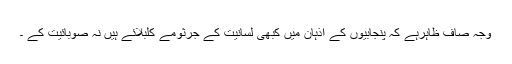
وجہ صاف ظاہرہے کہ پنجابیوں کے اذہان میں کبھی لسانیت کے جرثومے کلبلائے ہیں نہ صوبائیت کے ۔